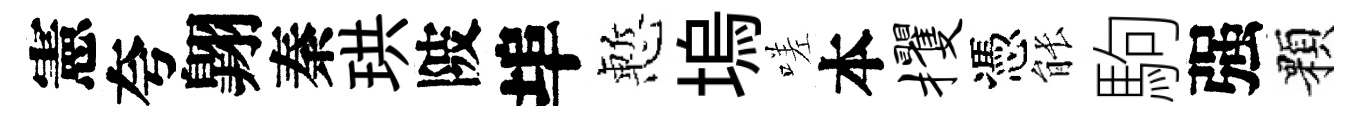
憲夸翺秦珙陂埠慙塢嗟本攫憑䏻駒强顆